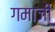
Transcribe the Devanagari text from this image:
गमाजी